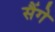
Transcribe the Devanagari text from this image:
सैंगे